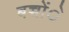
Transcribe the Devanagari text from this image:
बच्चोंे